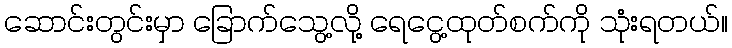
ဆောင်းတွင်းမှာ ခြောက်သွေ့လို့ ရေငွေ့ထုတ်စက်ကို သုံးရတယ်။